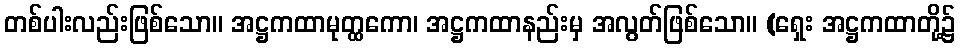
တစ်ပါးလည်းဖြစ်သော။ အဋ္ဌကထာမုတ္ထကော၊ အဋ္ဌကထာနည်းမှ အလွတ်ဖြစ်သော။ (ရှေး အဋ္ဌကထာတို့၌